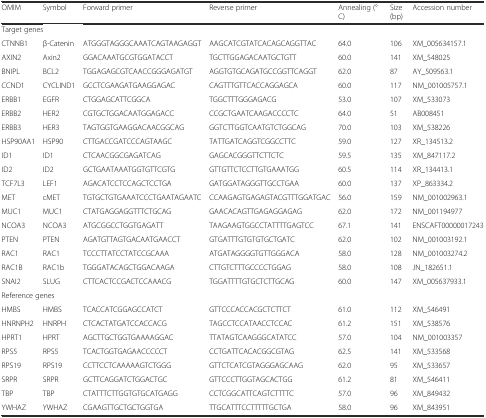
<table><thead><tr><td><b>OMIM</b></td><td><b>Symbol</b></td><td><b>Forward primer</b></td><td><b>Reverse primer</b></td><td><b>Annealing (°C)</b></td><td><b>Size (bp)</b></td><td><b>Accession number</b></td></tr></thead><tbody><tr><td colspan="7">Target genes</td></tr><tr><td>CTNNB1</td><td>β-Catenin</td><td>ATGGGTAGGGCAAATCAGTAAGAGGT</td><td>AAGCATCGTATCACAGCAGGTTAC</td><td>64.0</td><td>106</td><td>XM_005634157.1</td></tr><tr><td>AXIN2</td><td>Axin2</td><td>GGACAAATGCGTGGATACCT</td><td>TGCTTGGAGACAATGCTGTT</td><td>60.0</td><td>141</td><td>XM_548025</td></tr><tr><td>BNIPL</td><td>BCL2</td><td>TGGAGAGCGTCAACCGGGAGATGT</td><td>AGGTGTGCAGATGCCGGTTCAGGT</td><td>62.0</td><td>87</td><td>AY_509563.1</td></tr><tr><td>CCND1</td><td>CYCLIND1</td><td>GCCTCGAAGATGAAGGAGAC</td><td>CAGTTTGTTCACCAGGAGCA</td><td>60.0</td><td>117</td><td>NM_001005757.1</td></tr><tr><td>ERBB1</td><td>EGFR</td><td>CTGGAGCATTCGGCA</td><td>TGGCTTTGGGAGACG</td><td>53.0</td><td>107</td><td>XM_533073</td></tr><tr><td>ERBB2</td><td>HER2</td><td>CGTGCTGGACAATGGAGACC</td><td>CCGCTGAATCAAGACCCCTC</td><td>64.0</td><td>51</td><td>AB008451</td></tr><tr><td>ERBB3</td><td>HER3</td><td>TAGTGGTGAAGGACAACGGCAG</td><td>GGTCTTGGTCAATGTCTGGCAG</td><td>70.0</td><td>103</td><td>XM_538226</td></tr><tr><td>HSP90AA1</td><td>HSP90</td><td>CTTGACCGATCCCAGTAAGC</td><td>TATTGATCAGGTCGGCCTTC</td><td>59.0</td><td>127</td><td>XR_134513.2</td></tr><tr><td>ID1</td><td>ID1</td><td>CTCAACGGCGAGATCAG</td><td>GAGCACGGGTTCTTCTC</td><td>59.5</td><td>135</td><td>XM_847117.2</td></tr><tr><td>ID2</td><td>ID2</td><td>GCTGAATAAATGGTGTTCGTG</td><td>GTTGTTCTCCTTGTGAAATGG</td><td>60.5</td><td>114</td><td>XR_134413.1</td></tr><tr><td>TCF7L3</td><td>LEF1</td><td>AGACATCCTCCAGCTCCTGA</td><td>GATGGATAGGGTTGCCTGAA</td><td>60.0</td><td>137</td><td>XP_863334.2</td></tr><tr><td>MET</td><td>cMET</td><td>TGTGCTGTGAAATCCCTGAATAGAATC</td><td>CCAAGAGTGAGAGTACGTTTGGATGAC</td><td>56.0</td><td>159</td><td>NM_001002963.1</td></tr><tr><td>MUC1</td><td>MUC1</td><td>CTATGAGGAGGTTTCTGCAG</td><td>GAACACAGTTGAGAGGAGAG</td><td>62.0</td><td>172</td><td>NM_001194977</td></tr><tr><td>NCOA3</td><td>NCOA3</td><td>ATGCGGCCTGGTGAGATT</td><td>TAAGAAGTGGCCTATTTTGAGTCC</td><td>67.1</td><td>141</td><td>ENSCAFT00000017243</td></tr><tr><td>PTEN</td><td>PTEN</td><td>AGATGTTAGTGACAATGAACCT</td><td>GTGATTTGTGTGTGCTGATC</td><td>62.0</td><td>102</td><td>NM_001003192.1</td></tr><tr><td>RAC1</td><td>RAC1</td><td>TCCCTTATCCTATCCGCAAA</td><td>ATGATAGGGGTGTTGGGACA</td><td>58.0</td><td>128</td><td>NM_001003274.2</td></tr><tr><td>RAC1B</td><td>RAC1b</td><td>TGGGATACAGCTGGACAAGA</td><td>CTTGTCTTTGCCCCTGGAG</td><td>58.0</td><td>108</td><td>JN_182651.1</td></tr><tr><td>SNAI2</td><td>SLUG</td><td>CTTCACTCCGACTCCAAACG</td><td>TGGATTTTGTGCTCTTGCAG</td><td>60.0</td><td>147</td><td>XM_005637933.1</td></tr><tr><td colspan="7">Reference genes</td></tr><tr><td>HMBS</td><td>HMBS</td><td>TCACCATCGGAGCCATCT</td><td>GTTCCCACCACGCTCTTCT</td><td>61.0</td><td>112</td><td>XM_546491</td></tr><tr><td>HNRNPH2</td><td>HNRPH</td><td>CTCACTATGATCCACCACG</td><td>TAGCCTCCATAACCTCCAC</td><td>61.2</td><td>151</td><td>XM_538576</td></tr><tr><td>HPRT1</td><td>HPRT</td><td>AGCTTGCTGGTGAAAAGGAC</td><td>TTATAGTCAAGGGCATATCC</td><td>57.0</td><td>104</td><td>NM_001003357</td></tr><tr><td>RPS5</td><td>RPS5</td><td>TCACTGGTGAGAACCCCCT</td><td>CCTGATTCACACGGCGTAG</td><td>62.5</td><td>141</td><td>XM_533568</td></tr><tr><td>RPS19</td><td>RPS19</td><td>CCTTCCTCAAAAAGTCTGGG</td><td>GTTCTCATCGTAGGGAGCAAG</td><td>62.0</td><td>95</td><td>XM_533657</td></tr><tr><td>SRPR</td><td>SRPR</td><td>GCTTCAGGATCTGGACTGC</td><td>GTTCCCTTGGTAGCACTGG</td><td>61.2</td><td>81</td><td>XM_546411</td></tr><tr><td>TBP</td><td>TBP</td><td>CTATTTCTTGGTGTGCATGAGG</td><td>CCTCGGCATTCAGTCTTTTC</td><td>57.0</td><td>96</td><td>XM_849432</td></tr><tr><td>YWHAZ</td><td>YWHAZ</td><td>CGAAGTTGCTGCTGGTGA</td><td>TTGCATTTCCTTTTTGCTGA</td><td>58.0</td><td>96</td><td>XM_843951</td></tr></tbody></table>